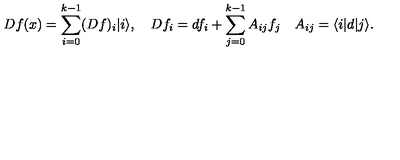
D f ( x ) = \sum _ { i = 0 } ^ { k - 1 } ( D f ) _ { i } | i \rangle , \quad D f _ { i } = d f _ { i } + \sum _ { j = 0 } ^ { k - 1 } A _ { i j } f _ { j } \quad A _ { i j } = \langle i | d | j \rangle .